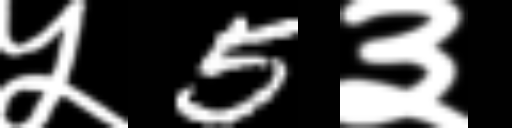
Text: ५5३